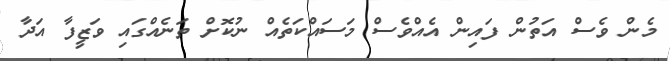
މެން ވެސް އަތުން ފައިން އެެއްވެސް މަސައްކަތެއް ނުކޮށް ތަނެއްގައި ވަޒީފާ އަދާ